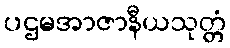
ပဌမအာဇာနီယသုတ္တံ